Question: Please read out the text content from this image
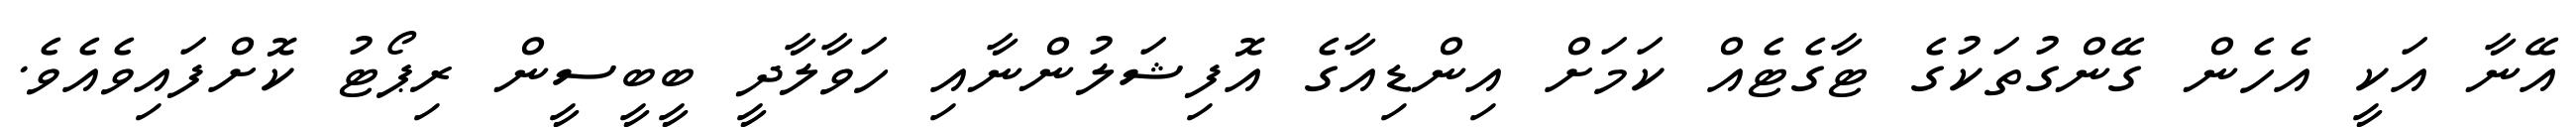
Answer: އޭނާ އަކީ އެހެން ގޭންގުތަކުގެ ޓާގެޓެއް ކަމަށް އިންޑިއާގެ އޮފިޝަލުންނާއި ހަވާލާދީ ބީބީސީން ރިޕޯޓު ކޮށްފައިވެއެވެ.